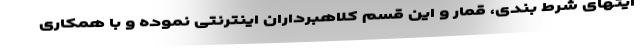
ایتهای شرط بندی، قمار و این قسم کلاهبرداران اینترنتی نموده و با همکاری